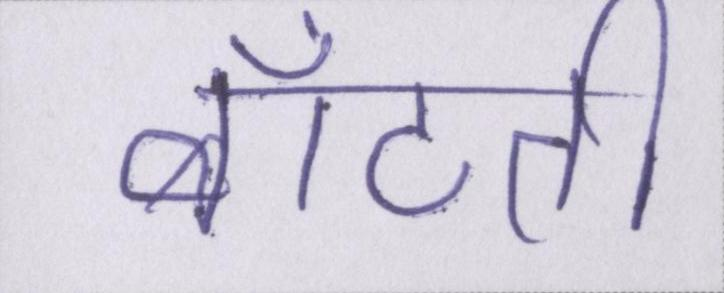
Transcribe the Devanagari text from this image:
बाँटती